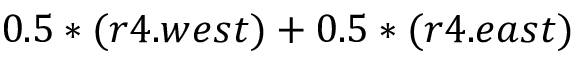
0 . 5 * ( r 4 . w e s t ) + 0 . 5 * ( r 4 . e a s t )